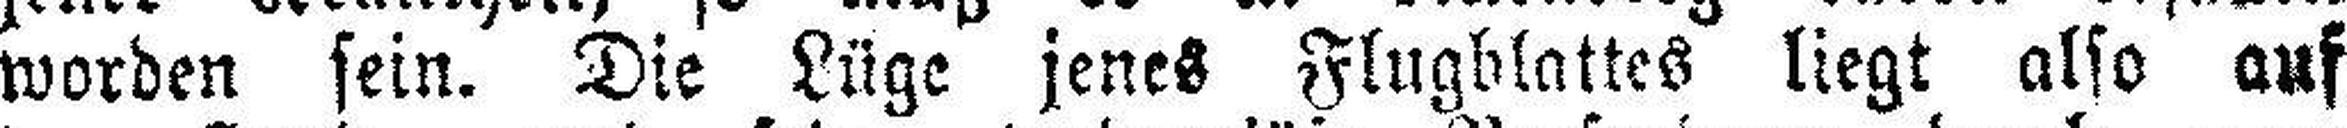
worden sein. Die Lüge jenes Flugblattes liegt also auf